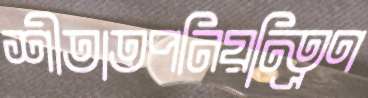
শীতাতপনিয়ন্ত্রিণ